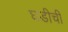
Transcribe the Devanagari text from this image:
घडीची